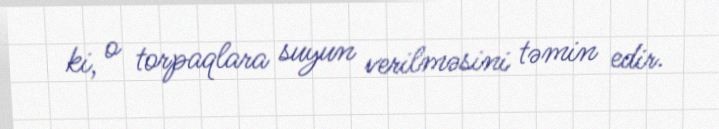
ki, o torpaqlara suyun verilməsini təmin edir.